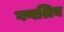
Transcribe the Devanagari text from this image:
गणश्रिय